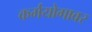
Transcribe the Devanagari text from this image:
कर्मयोगावर